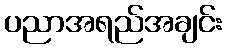
ပညာအရည်အချင်း